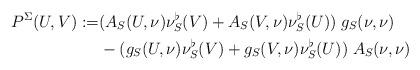
LaTeX: \begin{align*}P^\Sigma(U,V):= & ( A_S(U,\nu) \nu_S^\flat(V) + A_S(V,\nu) \nu_S^\flat(U)) \; g_S(\nu,\nu) \\& -( g_S(U,\nu) \nu_S^\flat(V) + g_S(V,\nu) \nu_S^\flat(U) ) \; A_S(\nu,\nu)\end{align*}